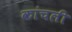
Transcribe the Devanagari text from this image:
कांचली